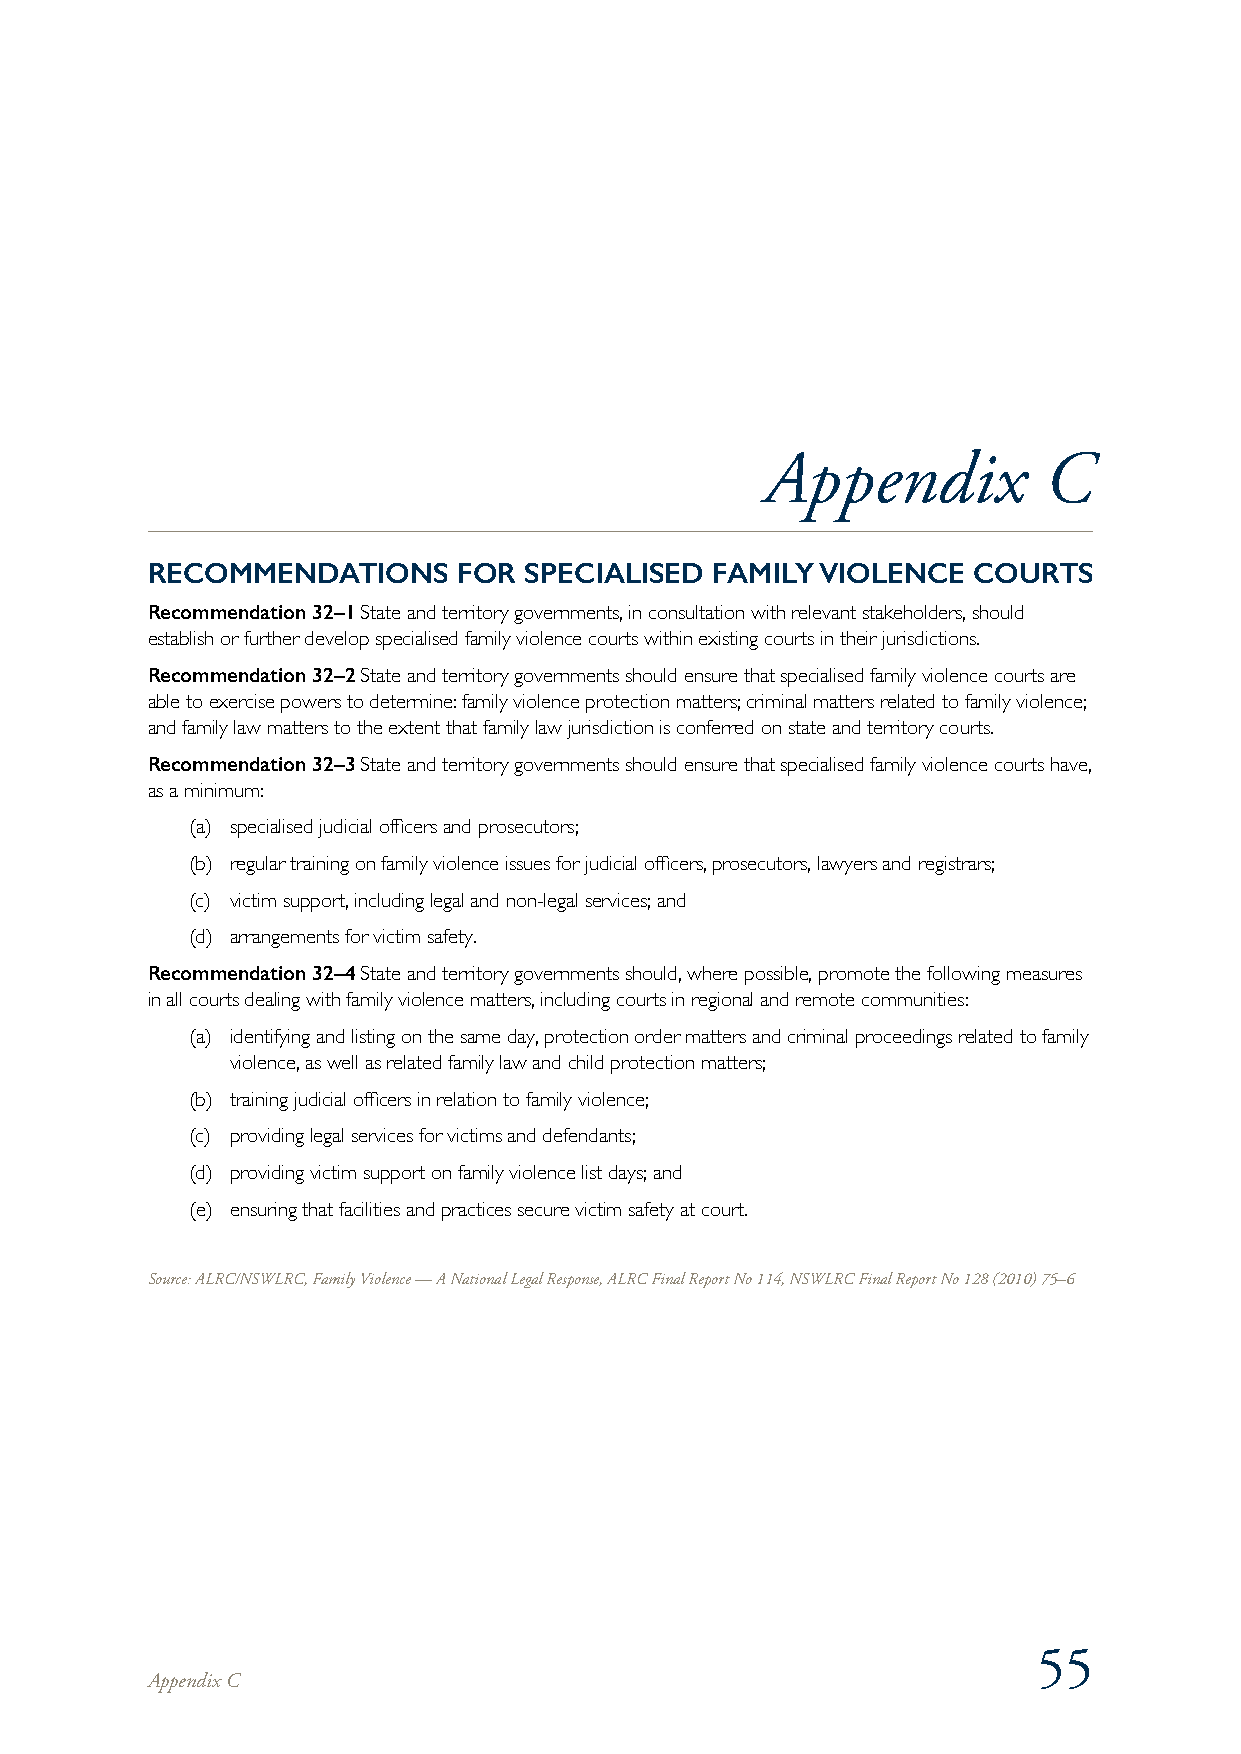
Appendix          C
 RECOMMENDATIONS     FOR  SPECIALISED FAMILY VIOLENCE  COURTS
 Recommendation 32–1 State and territory governments, in consultation with relevant stakeholders, should
 establish or further develop specialised family violence courts within existing courts in their jurisdictions.
 Recommendation 32–2 State and territory governments should ensure that specialised family violence courts are
 able to exercise powers to determine: family violence protection matters; criminal matters related to family violence;
 and family law matters to the extent that family law jurisdiction is conferred on state and territory courts.
 Recommendation 32–3 State and territory governments should ensure that specialised family violence courts have,
 as a minimum:
 (a) specialised judicial officers and prosecutors;
 (b) regular training on family violence issues for judicial officers, prosecutors, lawyers and registrars;
 (c) victim support, including legal and non-legal services; and
 (d) arrangements for victim safety.
 Recommendation 32–4 State and territory governments should, where possible, promote the following measures
 in all courts dealing with family violence matters, including courts in regional and remote communities:
 (a) identifying and listing on the same day, protection order matters and criminal proceedings related to family
 violence, as well as related family law and child protection matters;
 (b) training judicial officers in relation to family violence;
 (c) providing legal services for victims and defendants;
 (d) providing victim support on family violence list days; and
 (e) ensuring that facilities and practices secure victim safety at court.
 Source: ALRC/NSWLRC, Family Violence — A National Legal Response, ALRC Final Report No 114, NSWLRC Final Report No 128 (2010) 75–6
 55
 Appendix C